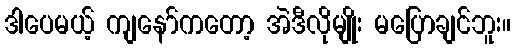
ဒါပေမယ့် ကျနော်ကတော့ အဲဒီလိုမျိုး မပြောချင်ဘူး။